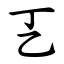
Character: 㐉